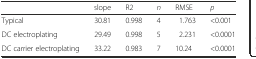
<table><thead><tr><td></td><td><b>slope</b></td><td><b>R2</b></td><td><b><i>n</i></b></td><td><b>RMSE</b></td><td><b><i>p</i></b></td></tr></thead><tbody><tr><td>Typical</td><td>30.81</td><td>0.998</td><td>4</td><td>1.763</td><td>&lt;0.001</td></tr><tr><td>DC electroplating</td><td>29.49</td><td>0.998</td><td>5</td><td>2.231</td><td>&lt;0.0001</td></tr><tr><td>DC carrier electroplating</td><td>33.22</td><td>0.983</td><td>7</td><td>10.24</td><td>&lt;0.0001</td></tr></tbody></table>